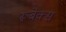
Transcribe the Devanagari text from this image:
रूबेक्स